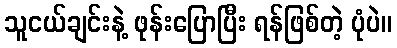
သူငယ်ချင်းနဲ့ ဖုန်းပြောပြီး ရန်ဖြစ်တဲ့ ပုံပဲ။